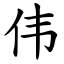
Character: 伟